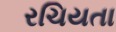
રચિયતા